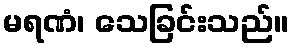
မရဏံ၊ သေခြင်းသည်။